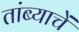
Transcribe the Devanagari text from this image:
तांब्याचें